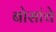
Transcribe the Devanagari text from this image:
बोसांचे